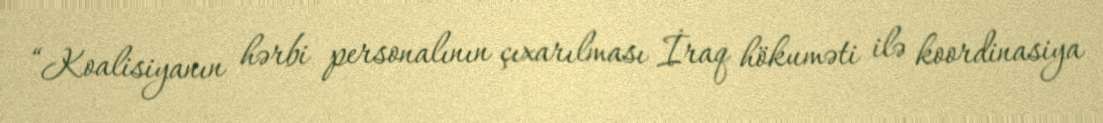
“Koalisiyanın hərbi personalının çıxarılması İraq hökuməti ilə koordinasiya